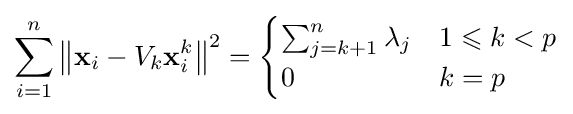
\sum _{i=1}^{n}\left\|\mathbf {x} _{i}-V_{k}\mathbf {x} _{i}^{k}\right\|^{2}={\begin{cases}\sum _{j=k+1}^{n}\lambda _{j}&1\leqslant k<p\\0&k=p\end{cases}}